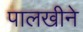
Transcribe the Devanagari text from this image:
पालखीने